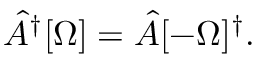
\hat { A } ^ { \dagger } [ \Omega ] = \hat { A } [ - \Omega ] ^ { \dagger } .